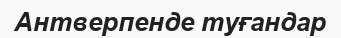
Антверпенде туғандар